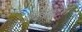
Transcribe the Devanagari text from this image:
इंटिग्रेटरों